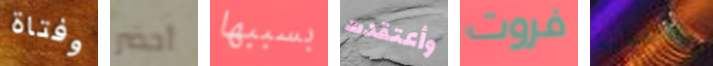
وفتاة أحضر بسببها وأعتقدت فروت بالتغطية